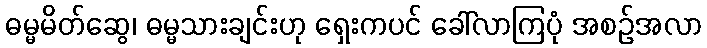
ဓမ္မမိတ်ဆွေ၊ ဓမ္မသားချင်းဟု ရှေးကပင် ခေါ်လာကြပုံ အစဉ်အလာ